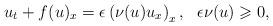
LaTeX: \begin{align*} u_t + f(u)_x = \epsilon \left( \nu(u) u_x \right)_x,~~\epsilon \nu(u) \geqslant 0,\end{align*}